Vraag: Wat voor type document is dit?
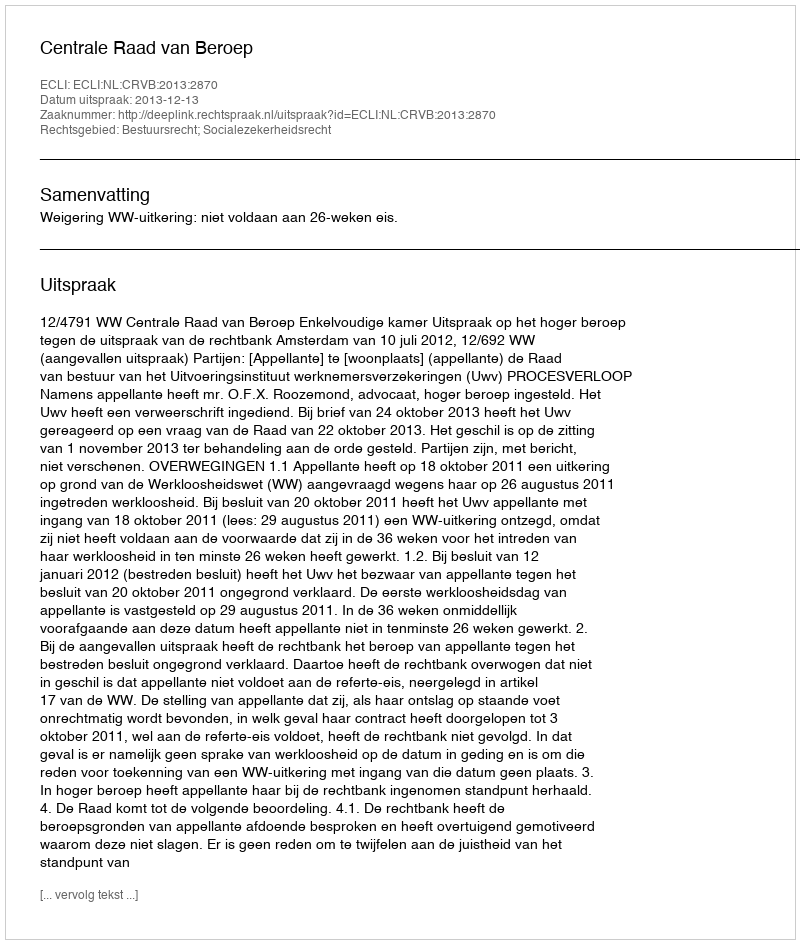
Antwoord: Uitspraak